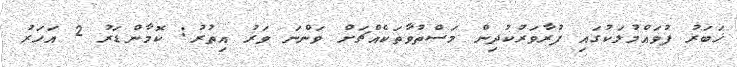
ޚަބަރު ފުވައްމުލަކުގައި ފުރާވަރުކުދިން މަސްތުވާތަކެއްޗަށް ވަންނަ ވަރު އިތުރު: ކޮމާންޑަރު 2 އަހަރު